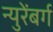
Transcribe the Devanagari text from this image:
न्युरेंबर्ग